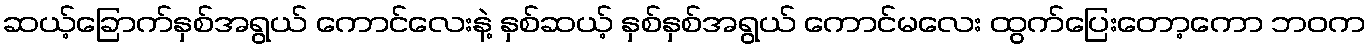
ဆယ့်ခြောက်နှစ်အရွယ် ကောင်လေးနဲ့ နှစ်ဆယ့် နှစ်နှစ်အရွယ် ကောင်မလေး ထွက်ပြေးတော့ကော ဘဝက